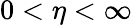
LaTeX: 0<\eta<\infty